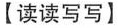
【读读写写】